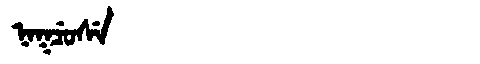
Manchu: ᠨᠠᡴᠴᡠᠰᡝ
Romanization: NAKCUSE